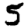
Digit: 5